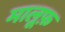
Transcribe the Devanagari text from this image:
मालूफ़